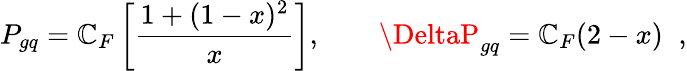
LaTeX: P_{gq}=\mathbb{C}_{F}\left[\frac{{1+(1-x)^{2}}}{{x}}\right],\qquad\DeltaP_{gq}=\mathbb{C}_{F}(2-x)\; \; ,